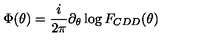
\Phi ( \theta ) = { \frac { i } { 2 \pi } } \partial _ { \theta } \log F _ { C D D } ( \theta )